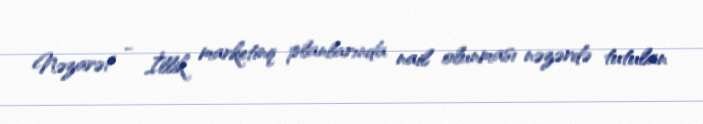
Nəzarət - İllik marketinq planlarında nail olunması nəzərdə tutulan